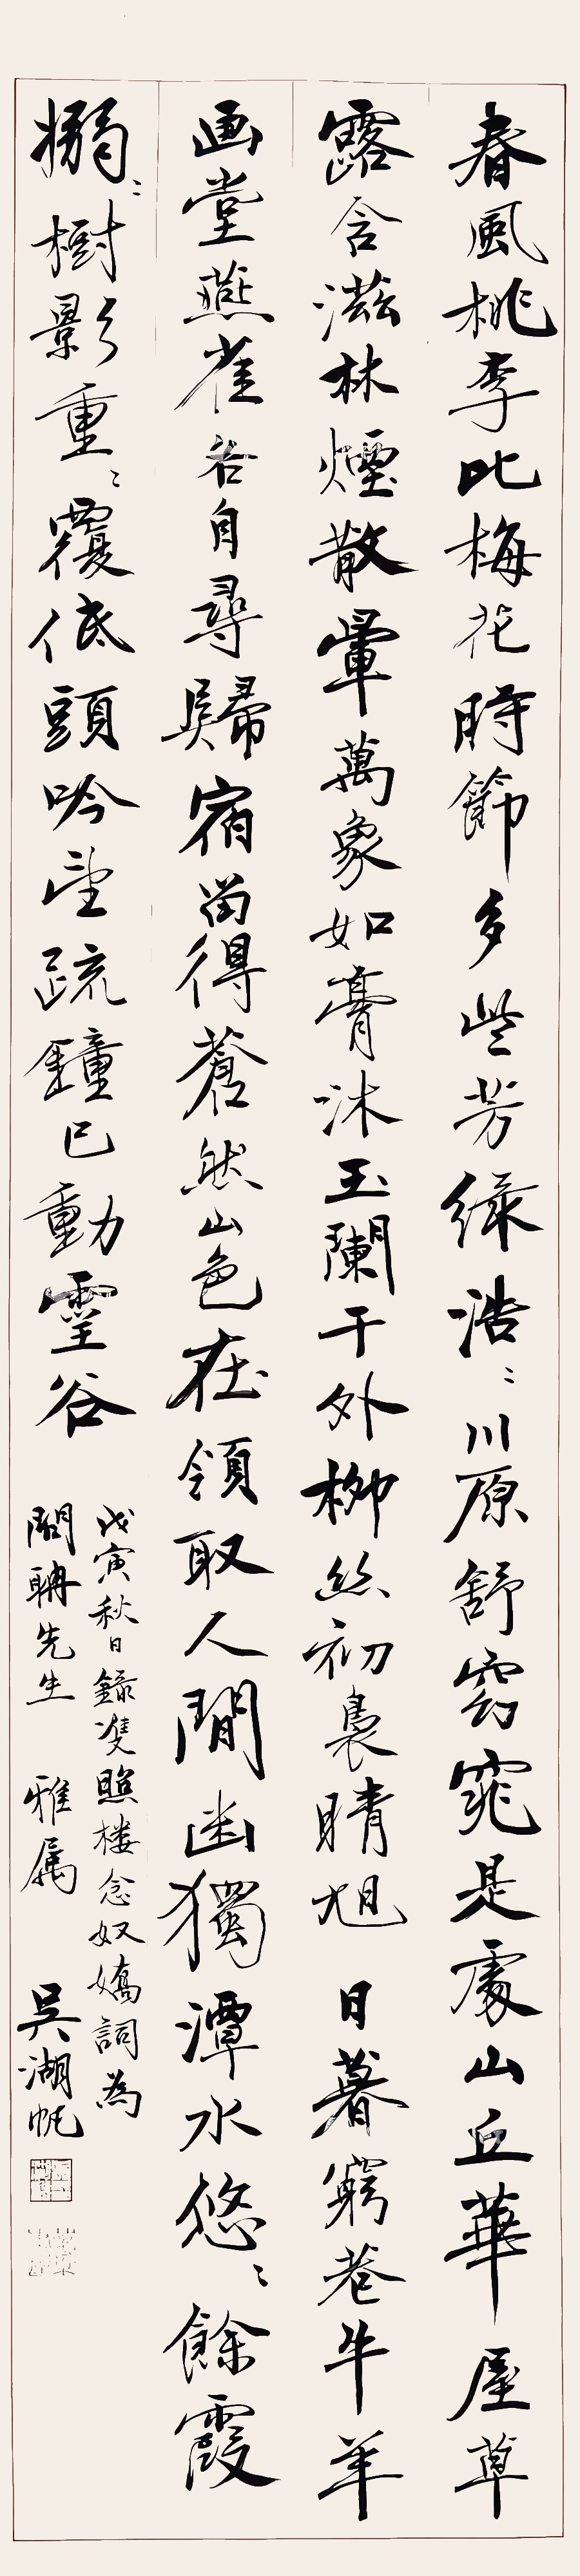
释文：春风桃李，比梅花时节、多些芳绿。浩浩川原舒窈窕，是处山丘华屋。草露含滋，林烟散晕，万象如膏沐。玉阑干外，柳丝初袅晴旭。日暮穷巷牛羊，画堂燕雀，各自寻归宿。留得苍然山色在，领取人间幽独。潭水悠悠，落霞袅袅，树影重重复。低头吟望，疏钟已动灵谷。戊寅秋日录双照楼念奴娇词，为问聃先生雅属，吴湖帆。